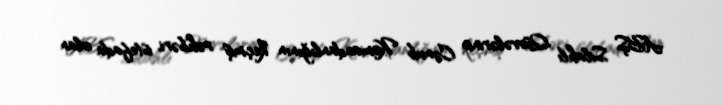
ABŞ Silahlı Qüvvələrinin Cənub Komandanlığının keçmiş rəhbəri, istefada olan